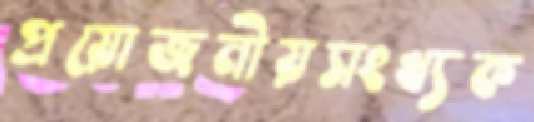
প্রয়োজনীয়সংখ্যক